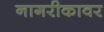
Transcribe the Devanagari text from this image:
नागरीकावर